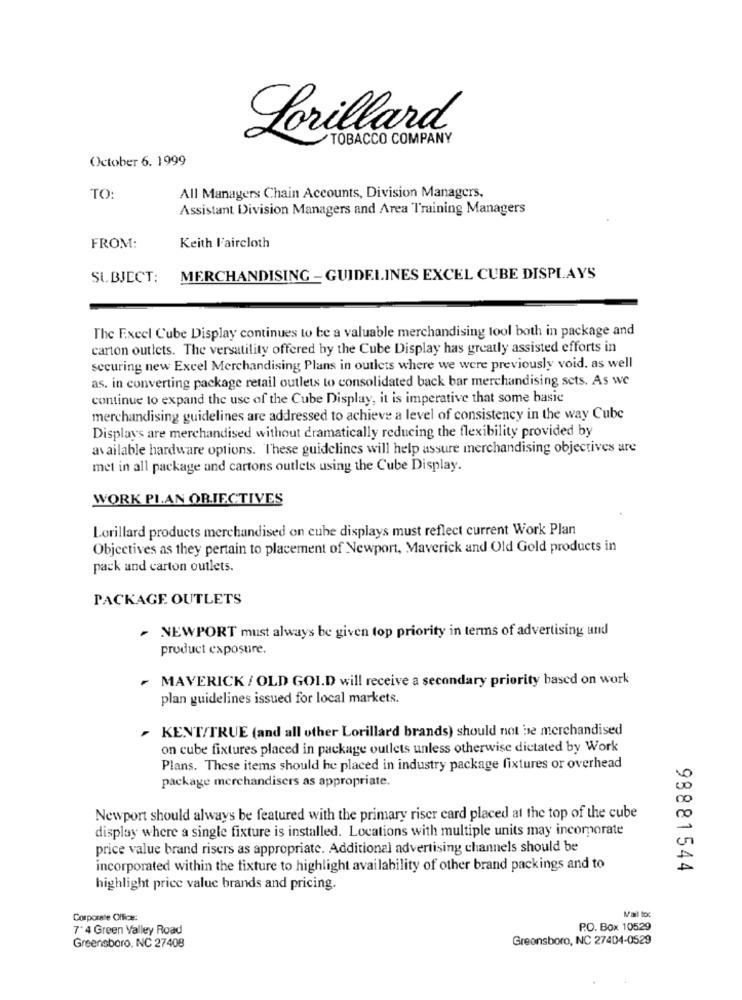
Lorillard
TOBACCO COMPANY
October 6. 1999
TO:
All Managers Chain Accounts, Division Managers.
Assistant Division Managers and Area Training Managers
FROM:
Keith Faircloth
SUBJECT:
MERCHANDISING - GUIDELINES EXCEL CUBE DISPLAYS
The Excel Cube Display continues to be a valuable merchandising tool both in package and
carton outlets. The versatility offered by the Cube Display has greatly assisted efforts in
securing new Excel Merchandising Plans in outlets where we were previously void. as well
as. in converting package retail outlets to consolidated back bar merchandising sets. As we
continue to expand the use of the Cube Display, it is imperative that some basic
merchandising guidelines are addressed to achieve a level of consistency in the way Cube
Displays are merchandised without dramatically reducing the flexibility provided by
available hardware options. These guidelines will help assure merchandising objectives are
met in all package and cartons outlets using the Cube Display.
WORK PLAN OBJECTIVES
Lorillard products merchandised on cube displays must reflect current Work Plan
Objectives as they pertain to placement of Newport, Maverick and Old Gold products in
pack and carton outlets.
PACKAGE OUTLETS
NEWPORT must always be given top priority in terms of advertising und
product exposure.
- MAVERICK / OLD GOLD will receive a secondary priority based on work
plan guidelines issued for local markets.
KENT/TRUE (and all other Lorillard brands) should not be merchandised
on cube fixtures placed in package outlets unless otherwise dictated by Work
Plans. These items should be placed in industry package fixtures or overhead
package merchandisers as appropriate.
Newport should always be featured with the primary riser card placed at the top of the cube
display where a single fixture is installed. Locations with multiple units may incorporate
price value brand risers as appropriate. Additional advertising channels should be
incorporated within the fixture to highlight availability of other brand packings and to
98881544
highlight price value brands and pricing.
Mail toc
Corporate Office:
7" 4 Green Valley Road
P.O. Box 10529
Greensboro, NC 27404-0529
Greensboro, NC 27408